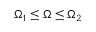
\Omega _ { 1 } \leq \Omega \leq \Omega _ { 2 }